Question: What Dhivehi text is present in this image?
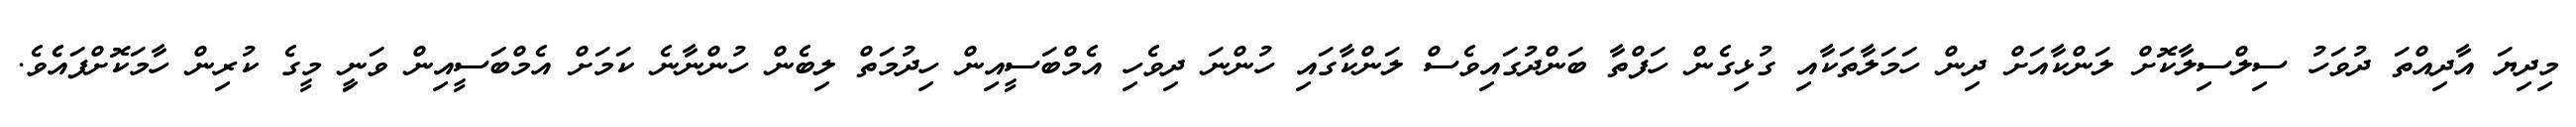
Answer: މިދިޔަ އާދިއްތަ ދުވަހު ސިލްސިލާކޮށް ލަންކާއަށް ދިން ހަމަލާތަކާއި ގުޅިގެން ހަފްތާ ބަންދުގައިވެސް ލަންކާގައި ހުންނަ ދިވެހި އެމްބަސީއިން ހިދުމަތް ލިބެން ހުންނާނެ ކަމަށް އެމްބަސީއިން ވަނީި މީގެ ކުރިން ހާމަކޮށްފައެެވެ.